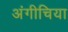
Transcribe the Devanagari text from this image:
अंगीचिया